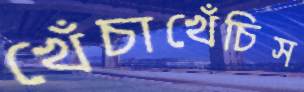
খেঁচাখেঁচিস